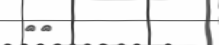
٣٠